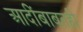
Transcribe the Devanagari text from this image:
आदींबाबतही